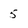
Character: 5